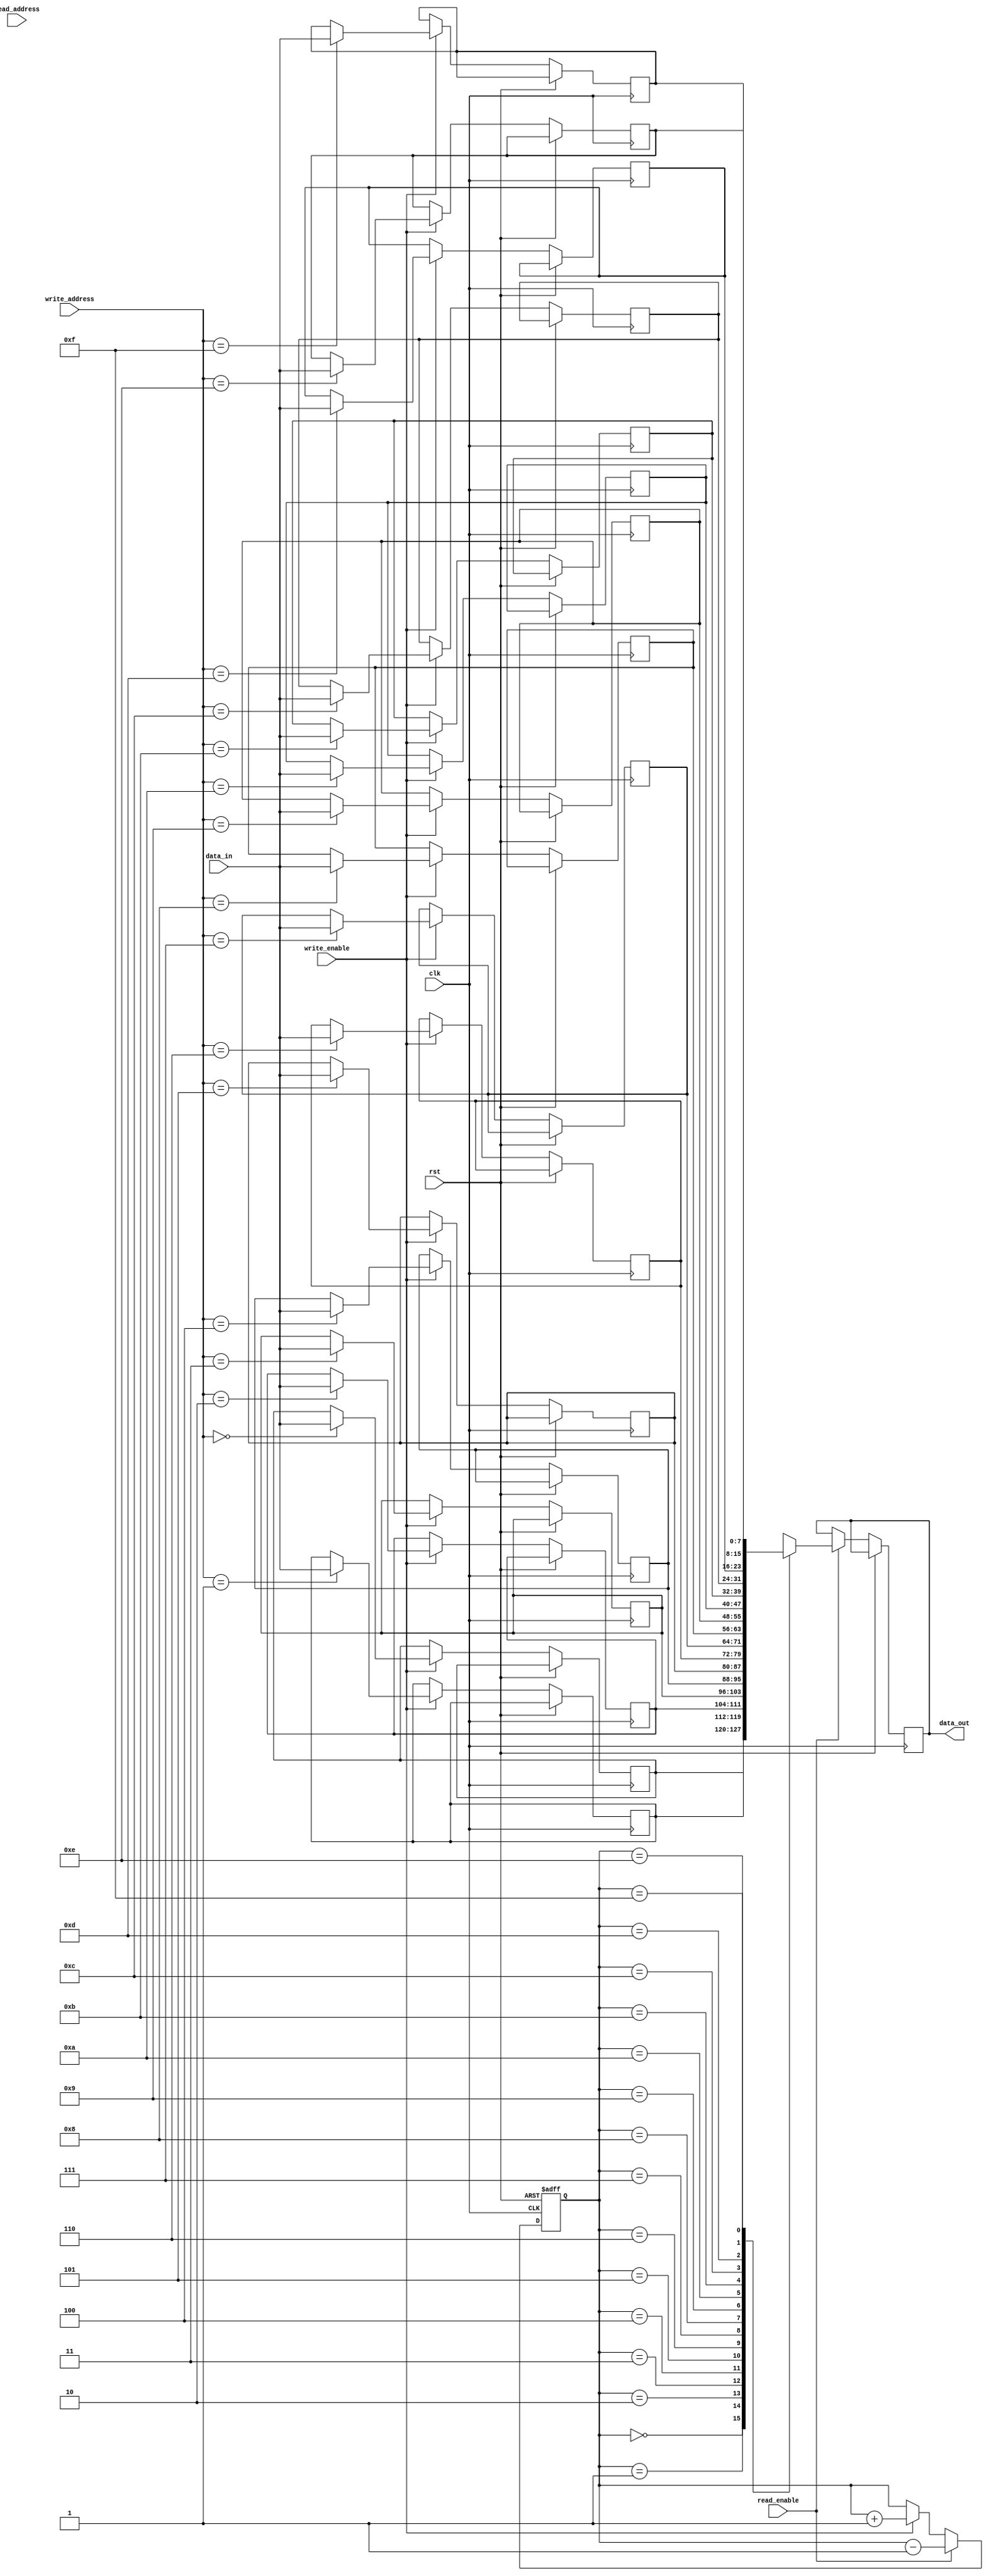
module register_file (
    input clk,
    input rst,
    input read_enable,
    input write_enable,
    input [7:0] data_in,
    input [3:0] write_address,
    input [3:0] read_address,
    output reg [7:0] data_out
);

reg [7:0] memory [0:15];
reg [3:0] stack_pointer = 0;

always @(posedge clk or posedge rst) begin
    if (rst) begin
        stack_pointer <= 0;
    end else begin
        if (write_enable) begin
            memory[write_address] <= data_in;
            stack_pointer <= stack_pointer + 1;
        end
        if (read_enable) begin
            data_out <= memory[stack_pointer];
            stack_pointer <= stack_pointer - 1;
        end
    end
end

endmodule